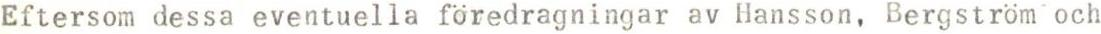
Eftersom dessa eventuella föredragningar av Hansson, Bergström och